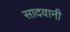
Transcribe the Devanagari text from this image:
सादवानी